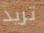
تريد